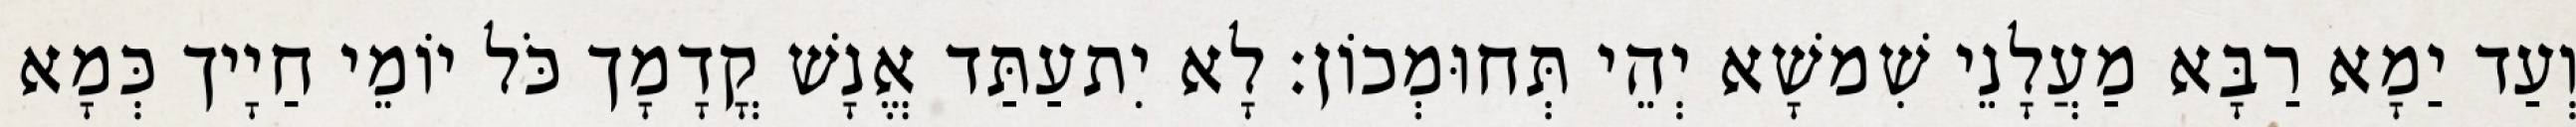
וְעַד יַמָא רַבָּא מַעֲלָנֵי שִׁמשָׁא יְהֵי תְּחוּמְכוֹן׃ לָא יִתעַתַּד אֱנָשׁ קֳדָמָך כֹּל יוֹמֵי חַיָיך כְּמָא